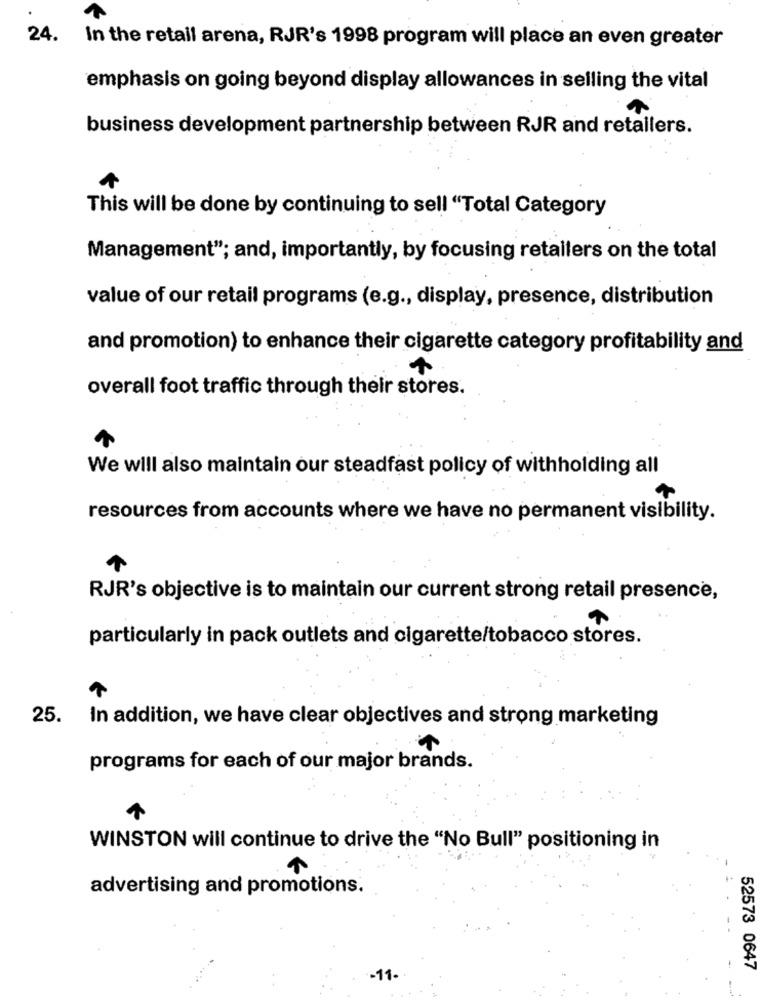
24.
In the retail arena, RJR's 1998 program will place an even greater
emphasis on going beyond display allowances in selling the vital
business development partnership between RJR and retailers.
This will be done by continuing to sell "Total Category
Management"; and, importantly, by focusing retailers on the total
value of our retail programs (e.g ., display, presence, distribution
and promotion) to enhance their cigarette category profitability and
overall foot traffic through their stores.
We will also maintain our steadfast policy of withholding all
resources from accounts where we have no permanent visibility.
RJR's objective is to maintain our current strong retail presence,
particularly in pack outlets and cigarette/tobacco stores.
25.
In addition, we have clear objectives and strong marketing
programs for each of our major brands.
WINSTON will continue to drive the "No Bull" positioning in
advertising and promotions.
52573 0647